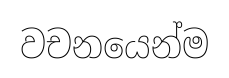
වචනයෙන්ම